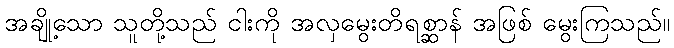
အချို့သော သူတို့သည် ငါးကို အလှမွေးတိရစ္ဆာန် အဖြစ် မွေးကြသည်။